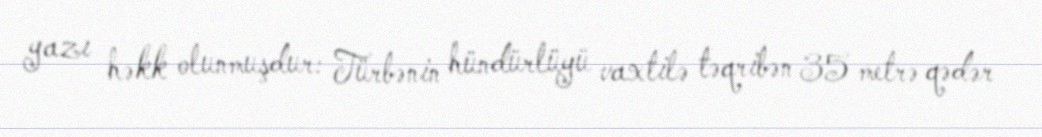
yazı həkk olunmuşdur: Türbənin hündürlüyü vaxtilə təqribən 35 metrə qədər